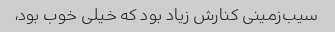
سیب‌زمینی کنارش زیاد بود که خیلی خوب بود،